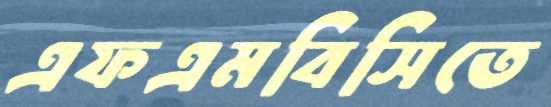
এফএমবিসিতে